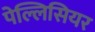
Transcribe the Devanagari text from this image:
पेल्लिसियर